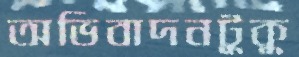
অভিবাদনটুকু